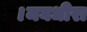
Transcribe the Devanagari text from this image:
।मघधीरा